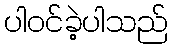
ပါဝင်ခဲ့ပါသည်